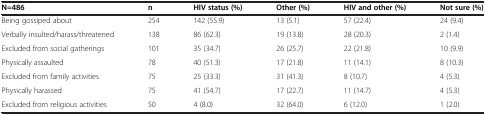
| N=486 | n | HIV status (%) | Other (%) | HIV and other (%) | Not sure (%) |
 | --- | --- | --- | --- | --- | --- |
 | Being gossiped about | 254 | 142 (55.9) | 13 (5.1) | 57 (22.4) | 24 (9.4) |
 | Verbally insulted/harass/threatened | 138 | 86 (62.3) | 19 (13.8) | 28 (20.3) | 2 (1.4) |
 | Excluded from social gatherings | 101 | 35 (34.7) | 26 (25.7) | 22 (21.8) | 10 (9.9) |
 | Physically assaulted | 78 | 40 (51.3) | 17 (21.8) | 11 (14.1) | 8 (10.3) |
 | Excluded from family activities | 75 | 25 (33.3) | 31 (41.3) | 8 (10.7) | 4 (5.3) |
 | Physically harassed | 75 | 41 (54.7) | 17 (22.7) | 11 (14.7) | 4 (5.3) |
 | Excluded from religious activities | 50 | 4 (8.0) | 32 (64.0) | 6 (12.0) | 1 (2.0) |